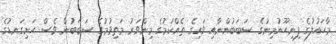
މާހައުލުގެ ފިނިހޫނުމިނުގެ ސަބަބުންނާއި ވައިގެ ތެއްކަމުގެ މިންވަރު މަތިވުމުގެ ސަބަބުން ވެސް ހަށިގަނޑުގެ